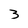
Character: 3